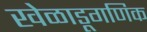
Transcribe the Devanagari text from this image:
खेळाडूगणिक